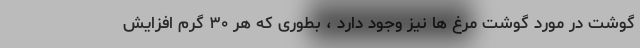
گوشت در مورد گوشت مرغ ها نیز وجود دارد ، بطوری که هر ۳۰ گرم افزایش